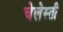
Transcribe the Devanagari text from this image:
चेलेस्ती